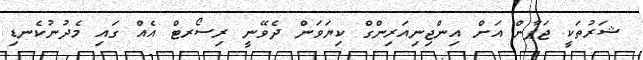
ޝަރުތަކީ ޖަޕާން އަށް އިންޖިނިއަރިންގް ކިޔަވަން ދެވޭނީ ރިސޯރޓް އެއް ގައި މެދުނުކެނޑި